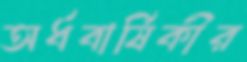
অর্ধবার্ষিকীর